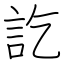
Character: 訖